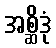
အစ္ဆိဒုံ